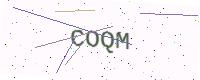
Text: COQM